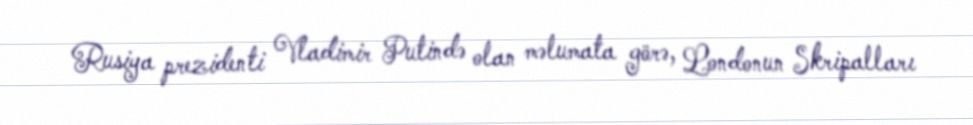
Rusiya prezidenti Vladimir Putində olan məlumata görə, Londonun Skripalları